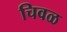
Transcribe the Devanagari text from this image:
चिवळ